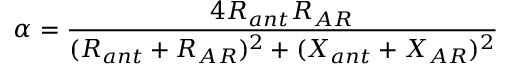
\alpha = \frac { 4 R _ { a n t } R _ { A R } } { ( R _ { a n t } + R _ { A R } ) ^ { 2 } + ( X _ { a n t } + X _ { A R } ) ^ { 2 } }